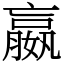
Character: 嬴